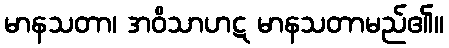
မာနသတာ၊ အဝိသာဟဋ မာနသတာမည်၏။